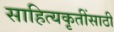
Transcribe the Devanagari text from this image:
साहित्यकृतींसाठी